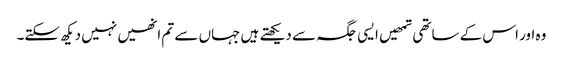
وہ اور اس کے ساتھی تمھیں ایسی جگہ سے دیکھتے ہیں جہاں سے تم انھیں نہیں دیکھ سکتے۔